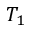
T _ { 1 }